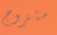
متزوج